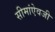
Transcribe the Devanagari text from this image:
सीमांऐवजी